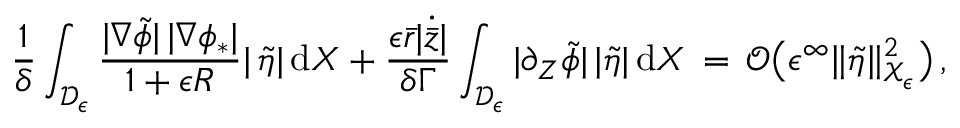
\frac { 1 } { \delta } \int _ { \mathcal { D } _ { \epsilon } } \frac { | \nabla \tilde { \phi } | \, | \nabla \phi _ { * } | } { 1 + \epsilon R } | \, \tilde { \eta } | \, \mathrm { d } X + \frac { \epsilon \bar { r } | \dot { \bar { z } } | } { \delta \Gamma } \int _ { \mathcal { D } _ { \epsilon } } | \partial _ { Z } \tilde { \phi } | \, | \tilde { \eta } | \, \mathrm { d } X \, = \, \mathcal { O } \bigl ( \epsilon ^ { \infty } \| \tilde { \eta } \| _ { \mathcal { X } _ { \epsilon } } ^ { 2 } \bigr ) \, ,